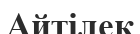
Айтілек